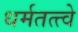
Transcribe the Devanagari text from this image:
धर्मतत्त्वे